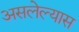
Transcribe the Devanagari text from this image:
असलेल्यास